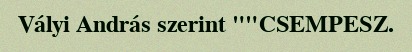
Vályi András szerint ""CSEMPESZ.